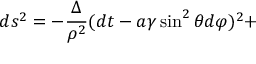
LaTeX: d s ^ { 2 } = - \frac { \Delta } { \rho ^ { 2 } } ( d t - a \gamma \sin ^ { 2 } \theta d \varphi ) ^ { 2 } +